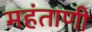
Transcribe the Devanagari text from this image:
महंताणी